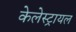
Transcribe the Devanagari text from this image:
केलेस्ट्रायल